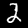
Digit: 2